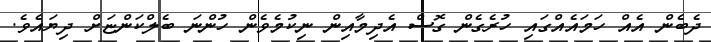
ދެބެން އެއް ހަމައެއްގައި ހުރެގެން ގޮސް އެދިމާއިން ނިކުމެވެން ހުންނަ ބެލްކަންޏަށް ދިޔައެވެ.